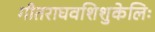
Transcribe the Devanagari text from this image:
गीतराघवशिशुकेलिः